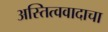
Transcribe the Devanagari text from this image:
अस्तित्ववादाचा